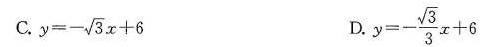
C. $$y = - \sqrt { 3 } x + 6$$ D.$$y = - \frac { \sqrt { 3 } } { 3 } x + 6$$